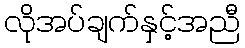
လိုအပ်ချက်နှင့်အညီ